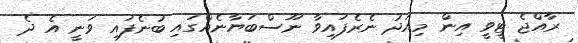
ރާއްޖެ ޓީވީ އިން މިއަދު ނެރެފައިވާ ނޫސްބަޔާނެއްގައި ބުނެފައި ވަނީ އެ ދެ